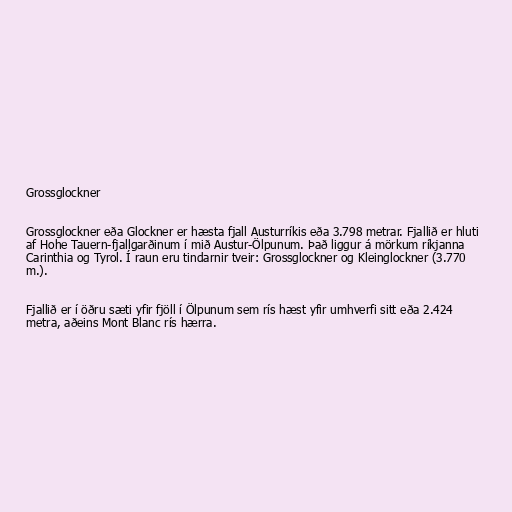
Grossglockner

Grossglockner eða Glockner er hæsta fjall Austurríkis eða 3.798 metrar. Fjallið er hluti
af Hohe Tauern-fjallgarðinum í mið Austur-Ölpunum. Það liggur á mörkum ríkjanna
Carinthia og Tyrol. Í raun eru tindarnir tveir: Grossglockner og Kleinglockner (3.770
m.).

Fjallið er í öðru sæti yfir fjöll í Ölpunum sem rís hæst yfir umhverfi sitt eða 2.424
metra, aðeins Mont Blanc rís hærra.